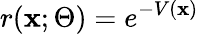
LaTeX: r(\mathbf{x};\Theta)=e^{-V(\mathbf{x})}